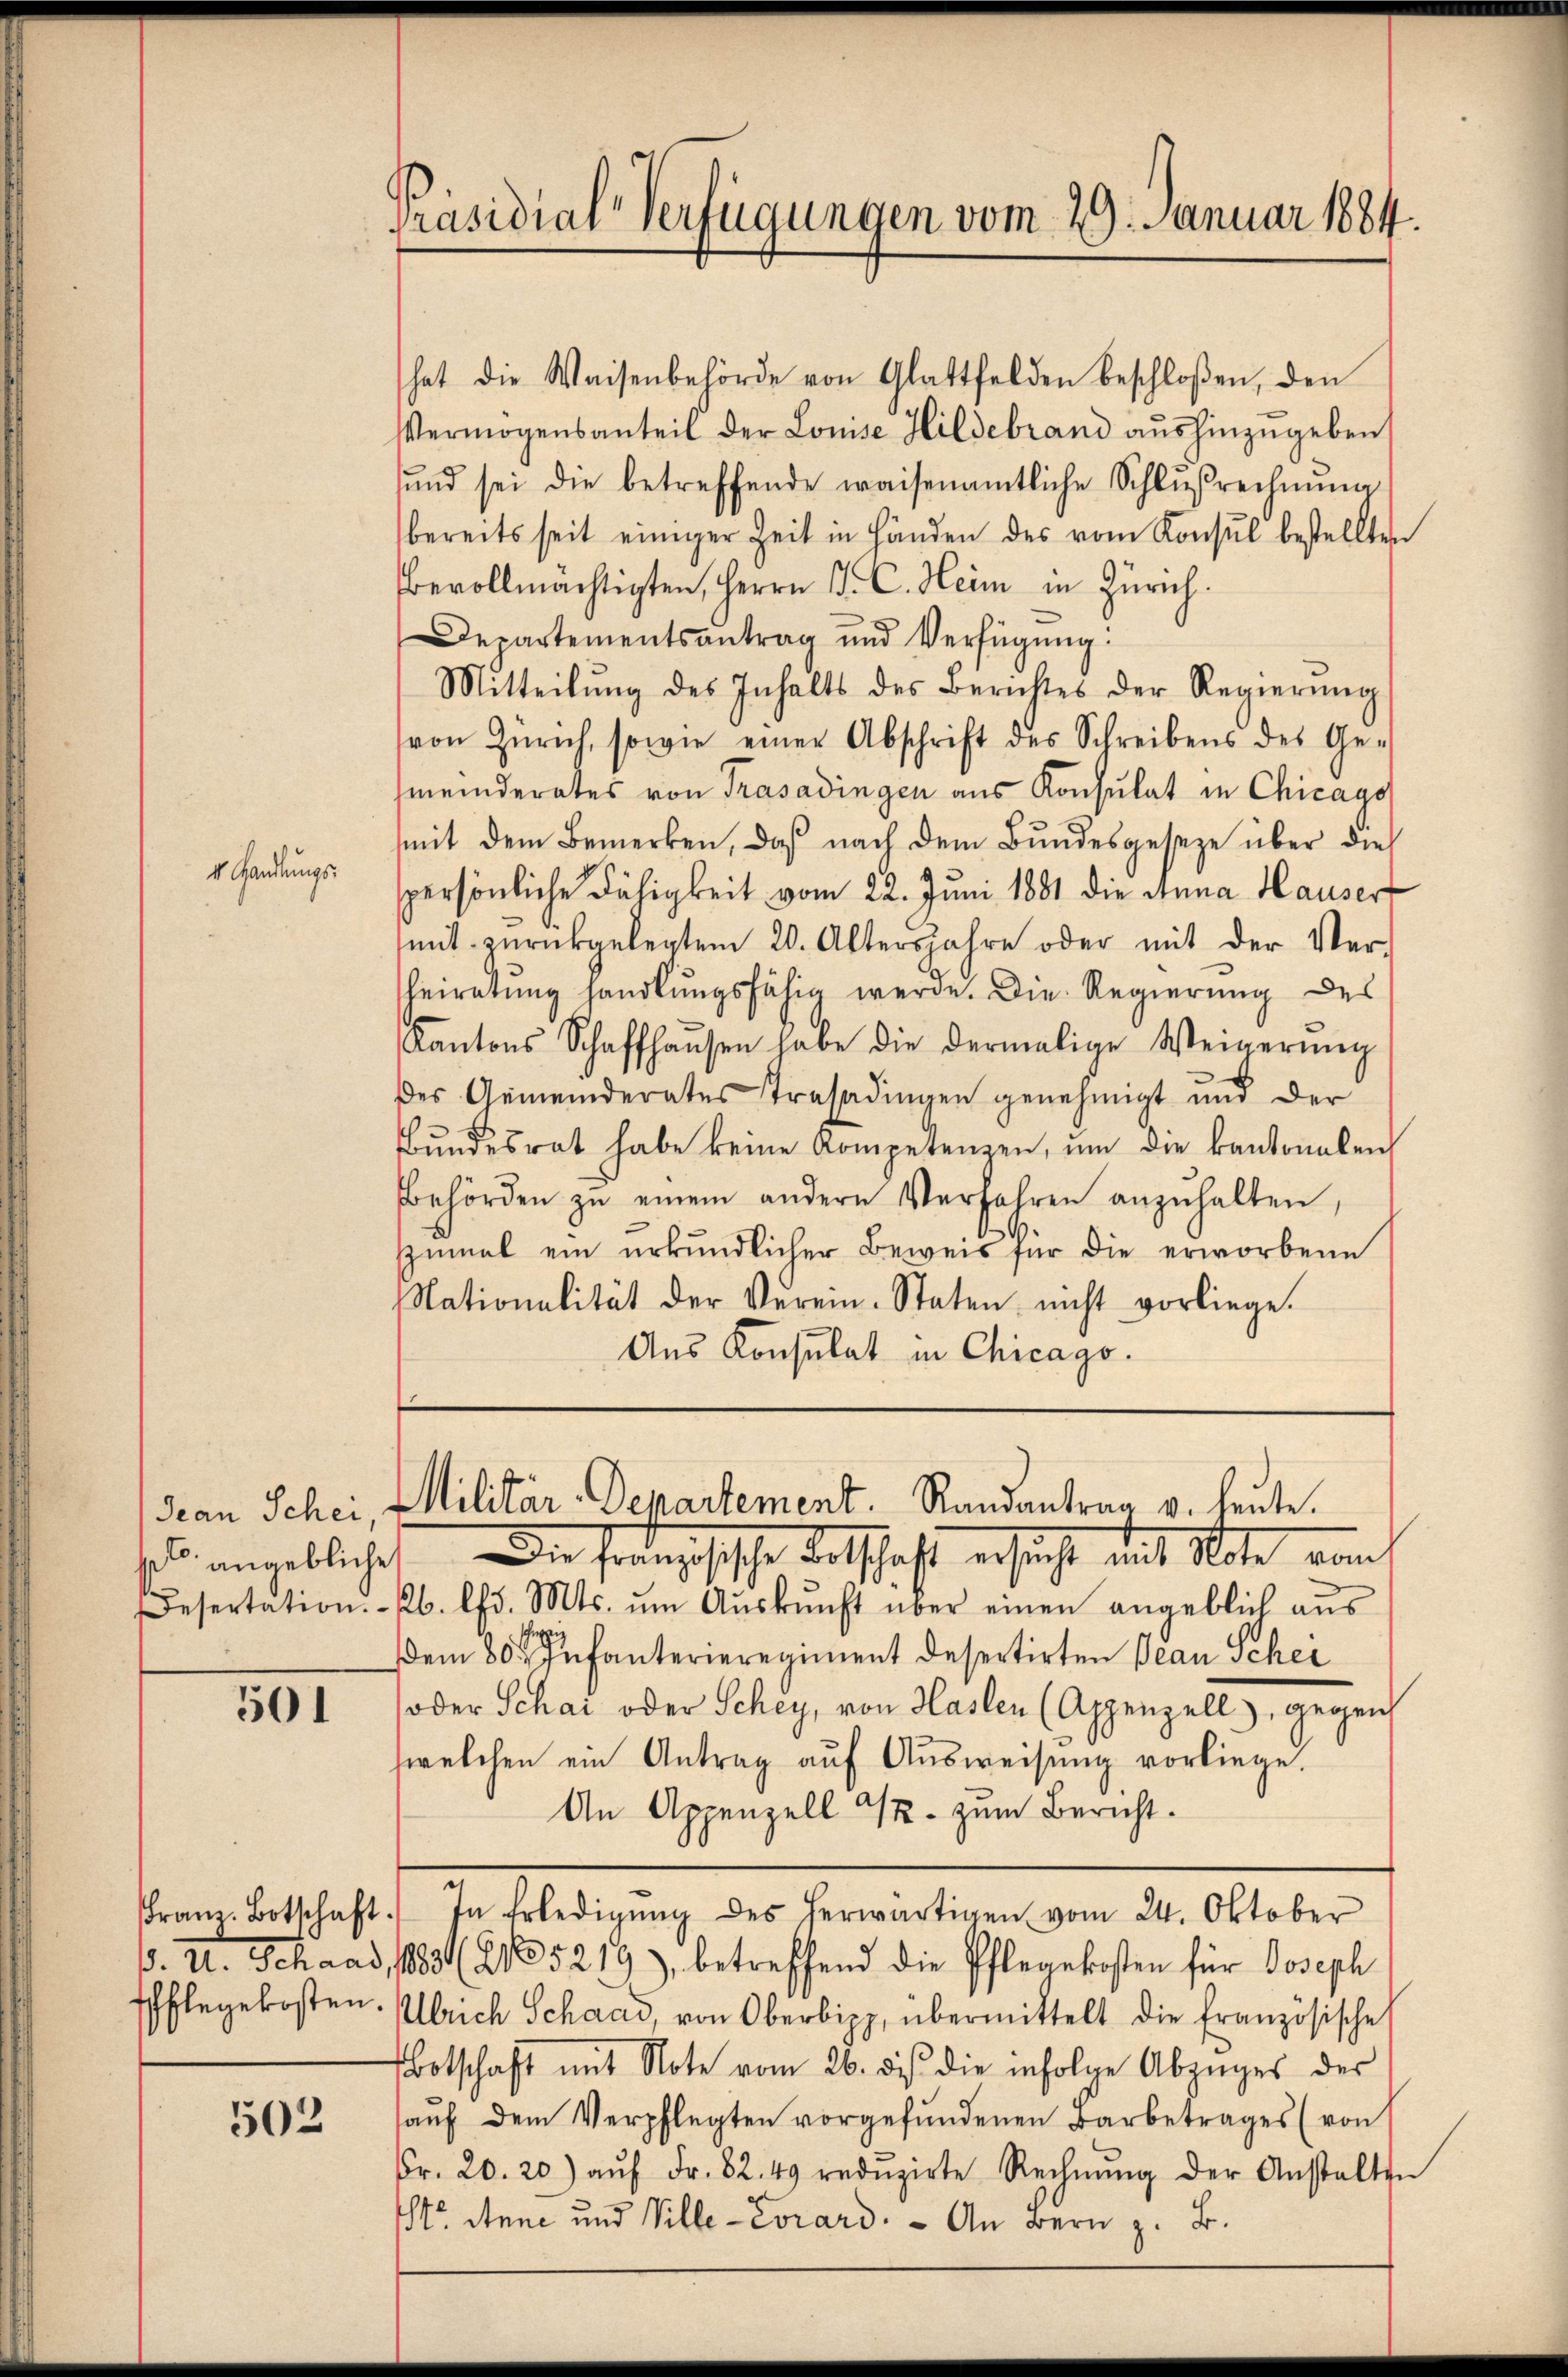
V. Handlungs-

Jean Schei,
p. angebliche

301

502

Präsidial-Verfügungen vom 29. Januar 1884.

hat die Waisenbehörde von Glattfelden beschloßen, den
Vermögensanteil der Louise Hildebrand aŭshinzŭgeben
und sei die betreffende waisenamtliche Schlŭβrechnŭng
bereits seit einiger Zeit in Händen des vom Konsul bestellten
bevollmächtigten, Herrn P. C. Heim in Zürich.
Departementsantrag und Verfügŭng:
Mitteilŭng des Inhalts des Berichtes der Regierŭng
von Zürich, sowie einer Abschrift des Schreibens des Ge-
(meinderates von Trasadingen aus Konsulat in Chicago
mit dem Bemerken, daß nach dem Bundesgeseze über dies
spersönliche Fähigkeit vom 22. Juni 1881 die Anna Hauser
mit zurückgelegtem 20. Altersjahre oder mit der Ver-
heiratung handlŭngsfähig werde. Die Regierung des
Kantons Schaffhaŭsen habe die dermalige Weinerŭng
des Gemeinderates Trasadingen genehmigt und der
Bŭndesrat habe keine Kompetenzen, ŭm die kantonalen
Behörden zŭ einem andern Verfahren anzŭhalten,
zumal ein urkundlicher Beweis für die erworbene
Nationalität der Verein-Staten nicht vorliege.
Ans Konsulat in Chicago.

Militär-Departement. Randantrag v. heute.
Die Französische Botschaft ersucht mit Note von

Desertation. b. lfd. Mts. ŭm Aŭskŭnft über einen angeblich aŭs
dem 80sten Infanterieregiment desertirten Decan Schei
soder Schai oder Schey, von Haslen (Appenzell, gegen
welchen ein Antrag auf Ausweisung vorliege.
An Appenzell u. zum Bericht.
ranz-Botschaft. In Erledigŭng des herwärtigen vom 24. Oktober
ß. II. Schaad, 1883 (2105219), betreffend die Pflegekosten für Joseph
Ehflegekosten. Ulrich Schaad, von Oberbipp, übermittelt die französische
Botschaft mit Note vom 26. ds. die infolge Abzŭges der
aŭf dem Verpflegten vorgefundenen Barbetrages (von
Fr. 20. 20) aŭf Fr. 82. 49 redŭzirte Rechnŭng der Anstalten
Str. Anne und Ville-Evrard. - An Bern z. B.